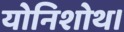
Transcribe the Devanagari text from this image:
योनिशोथ।